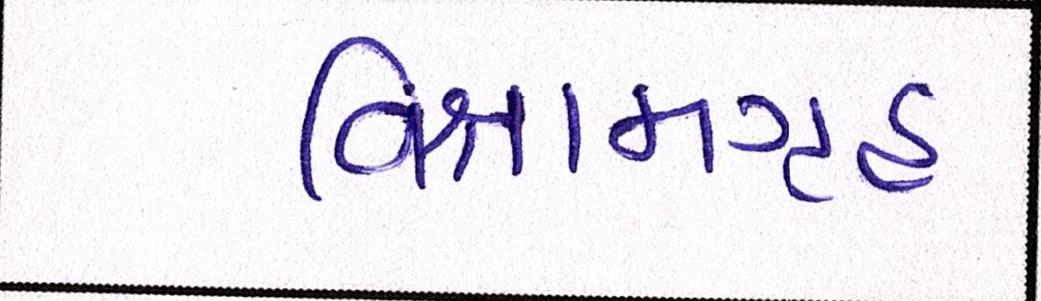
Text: વિશ્રામગૃહ